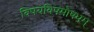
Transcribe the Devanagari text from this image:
विषयविषमौषधम्